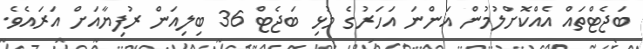
ބަޖެޓްތައް އެއްކޮށްލުމުން އަންނަ އަހަރުގެ މުޅި ބަޖެޓް 36 ބިލިއަން ރުފިޔާއަށް އަރައެވެ.